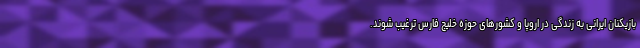
بازیکنان ایرانی به زندگی در اروپا و کشورهای حوزه خلیج فارس ترغیب شوند.